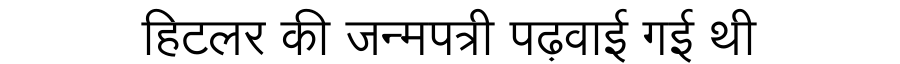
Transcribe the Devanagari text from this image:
हिटलर की जन्मपत्री पढ़वाई गई थी